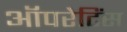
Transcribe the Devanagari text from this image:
ऑपरेटिंस